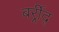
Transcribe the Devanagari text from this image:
बर्र्र्रीद्